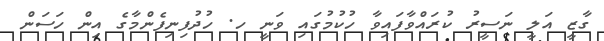
ގާޒީ އަލީ ނަސީރު ކުރައްވާފައިވާ ހުކުމުގައި ވަނީ ހ. ހުދުފިނިފެންމާގެ އިން ހަސަން